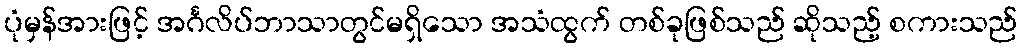
ပုံမှန်အားဖြင့် အင်္ဂလိပ်ဘာသာတွင်မရှိသော အသံထွက် တစ်ခုဖြစ်သည် ဆိုသည့် စကားသည်